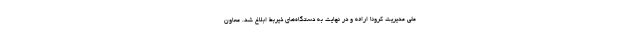
ملی مدیریت کرونا ارائه و در نهایت به دستگاه‌های ذیربط ابلاغ شد. معاون